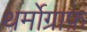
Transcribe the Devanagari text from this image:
थर्मोग्राफ़